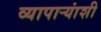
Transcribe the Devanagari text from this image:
व्यापार्‍यांशी